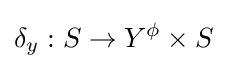
\delta _{y}:S\rightarrow Y^{\phi }\times S